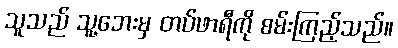
သူသည် သူ့ဘေးမှ တပ်ဖာရီကို စမ်းကြည့်သည်။